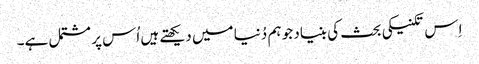
اِس تکنیکی بحث کی بنیاد جو ہم دُنیا میں دیکھتے ہیں اُس پر مشتمل ہے۔